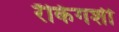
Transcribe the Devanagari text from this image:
रँकिंगशी